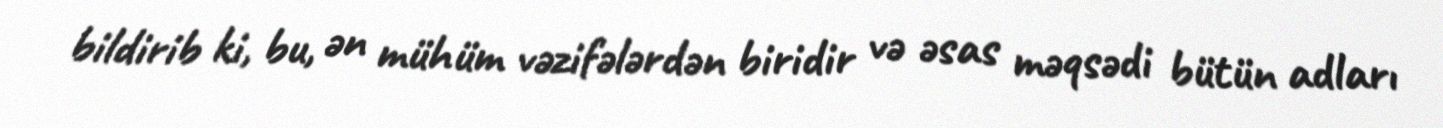
bildirib ki, bu, ən mühüm vəzifələrdən biridir və əsas məqsədi bütün adları